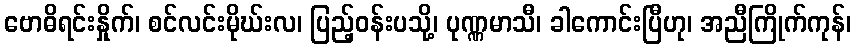
ဗောဓိရင်းနှိုက်၊ စင်လင်းမိုဃ်းလ၊ ပြည့်ဝန်းပသို့၊ ပုဏ္ဏမာသီ၊ ခါကောင်းပြီဟု၊ အညီကြိုက်ကုန်၊